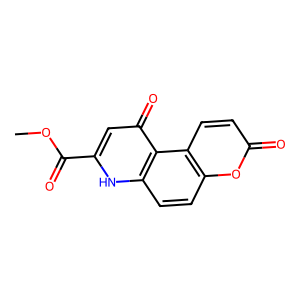
SMILES: COC(=O)c1cc(=O)c2c(ccc3oc(=O)ccc32)[nH]1
Inhibits HIV replication: No